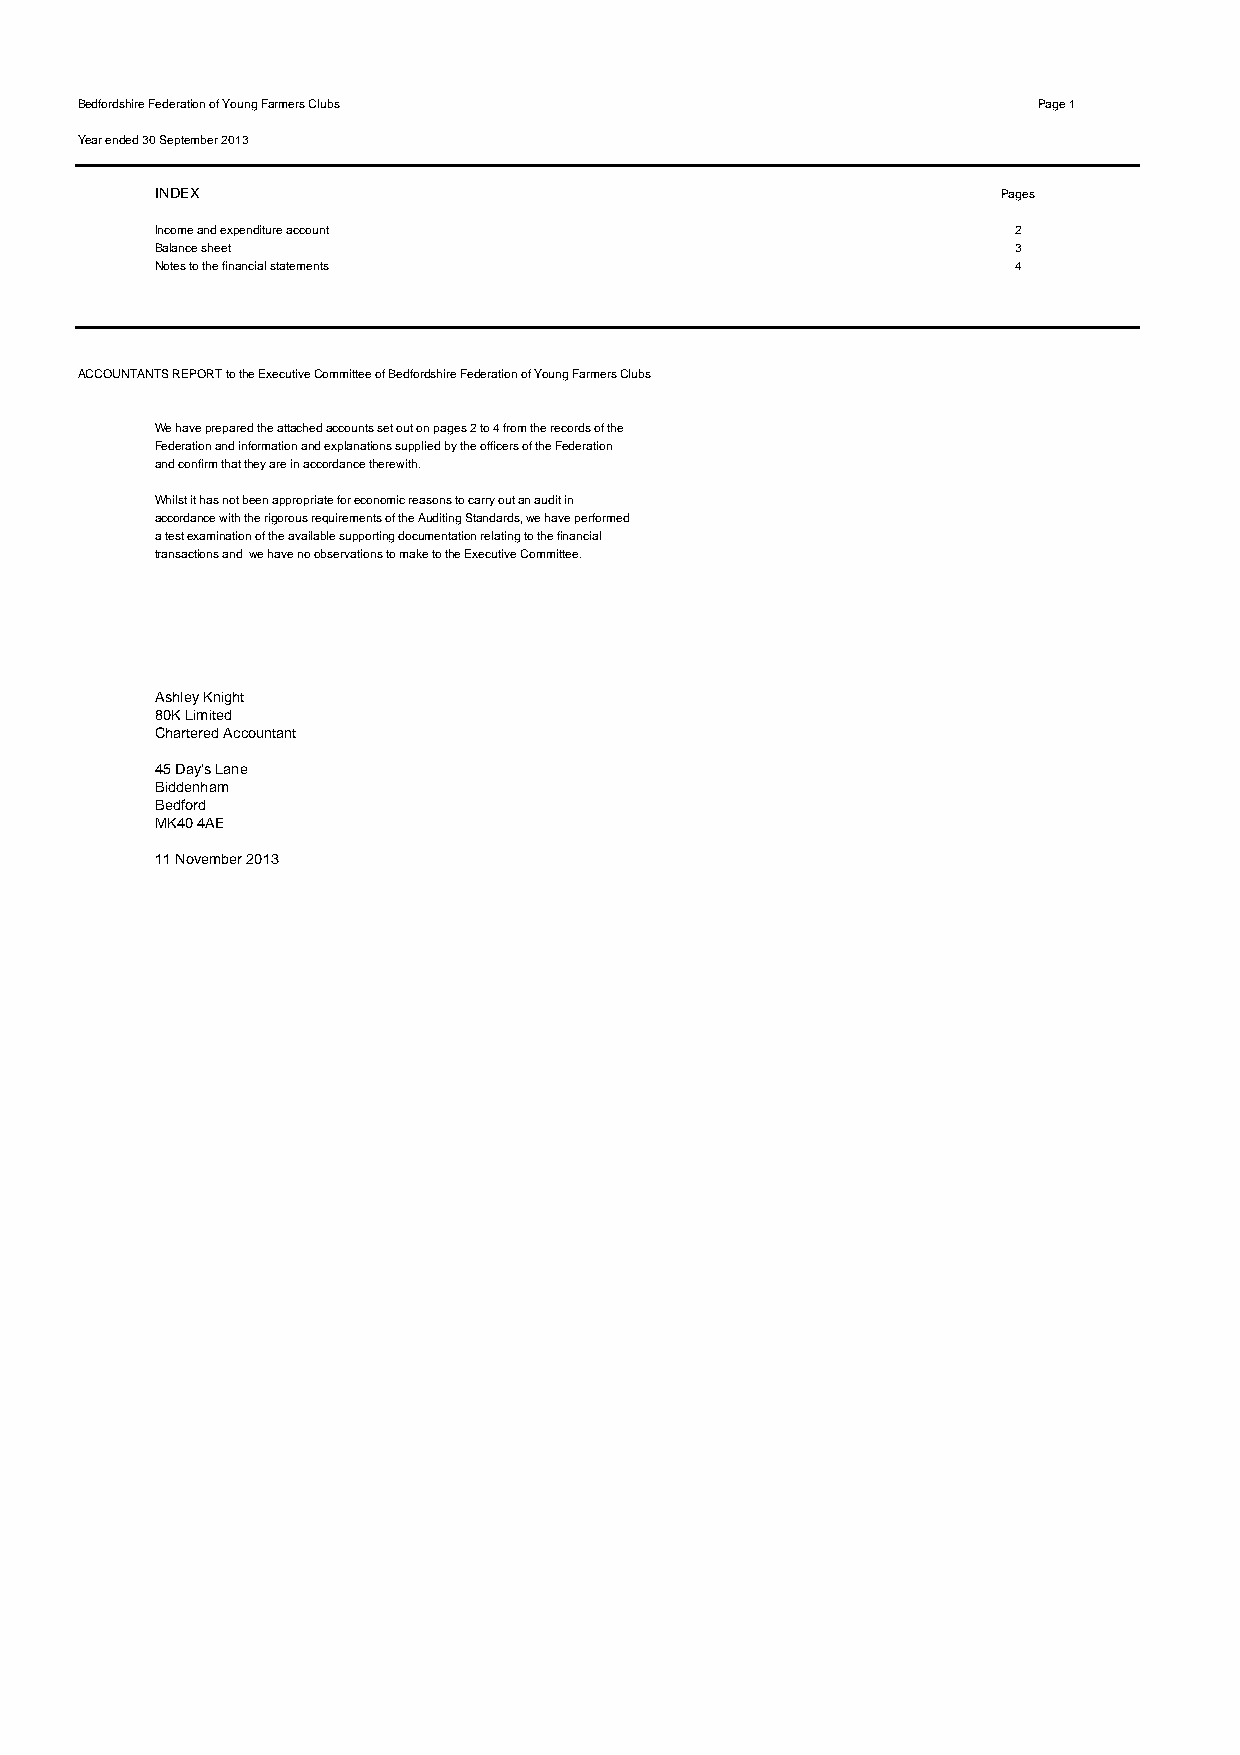
Bedfordshire Federation of Young Farmers Clubs                  Page 1
 Year ended 30 September 2013
 INDEX                                                   Pages
 Income and expenditure account                           2
 Balance sheet                                            3
 Notes to the financial statements                        4
 ACCOUNTANTS REPORT to the Executive Committee of Bedfordshire Federation of Young Farmers Clubs
 We have prepared the attached accounts set out on pages 2 to 4 from the records of the
 Federation and information and explanations supplied by the officers of the Federation
 and confirm that they are in accordance therewith.
 Whilst it has not been appropriate for economic reasons to carry out an audit in
 accordance with the rigorous requirements of the Auditing Standards, we have performed
 a test examination of the available supporting documentation relating to the financial
 transactions and we have no observations to make to the Executive Committee.
 Ashley Knight
 80K Limited
 Chartered Accountant
 45 Day's Lane
 Biddenham
 Bedford
 MK40 4AE
 11 November 2013